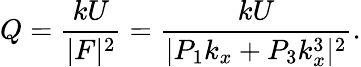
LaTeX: Q=\frac{kU}{|F|^{2}}=\frac{kU}{|P_{1}k_{x}+P_{3}k_{x}^{3}|^{2}}.